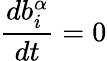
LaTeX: \frac{db_{i}^{\alpha}}{dt}=0